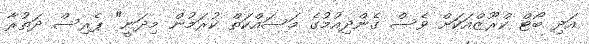
އަދި ބޯޓް ކްރޫޒްއަކަށް ވެސް ގެންދިއުމުގެ މަސައްކަތް ކުރަމުން މިދަނީ" ޕެރިސް ދަތުރާ